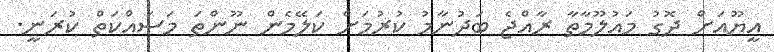
އީޔޫއަށް ދޮގު މައުލޫމާތާ ރާއްޖެ ބަދުނާމު ކުރުމަށް ކަލޭމެން ނޫންތަ މަސައްކަތް ކުރަނީ.